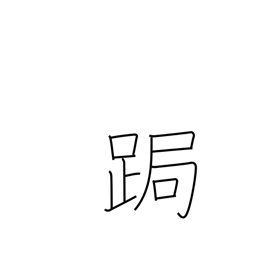
Meaning: stoop